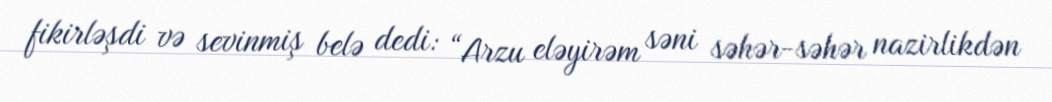
fikirləşdi və sevinmiş belə dedi: “Arzu eləyirəm səni səhər-səhər nazirlikdən